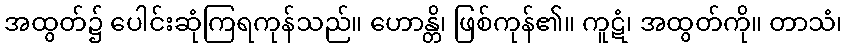
အထွတ်၌ ပေါင်းဆုံကြရကုန်သည်။ ဟောန္တိ၊ ဖြစ်ကုန်၏။ ကူဋံ၊ အထွတ်ကို။ တာသံ၊